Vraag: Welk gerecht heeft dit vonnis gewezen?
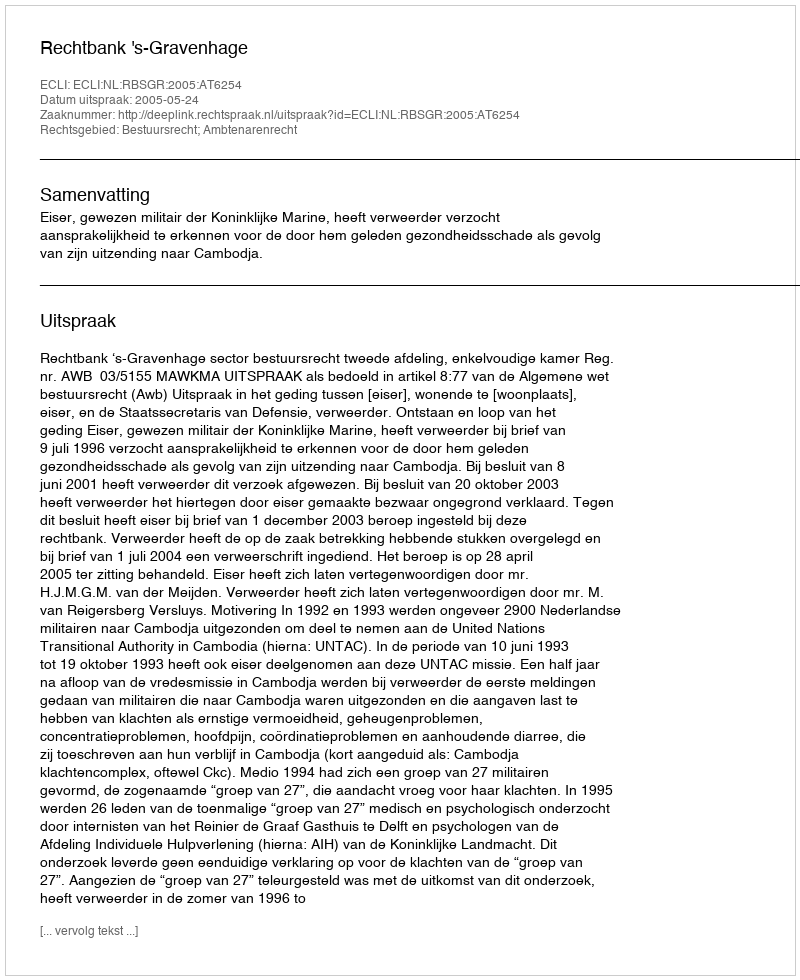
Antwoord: Rechtbank 's-Gravenhage